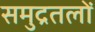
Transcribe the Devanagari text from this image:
समुद्रतलों